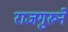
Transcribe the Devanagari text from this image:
राजगुरुने